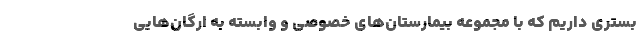
بستری داریم که با مجموعه بیمارستان‌های خصوصی و وابسته به ارگان‌هایی